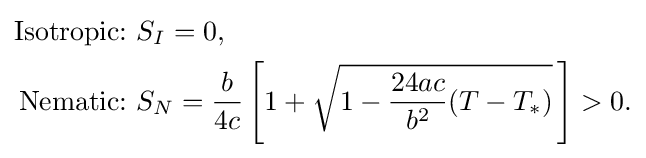
{\begin{aligned}{\text{Isotropic:}}&\,\,S_{I}=0,\\{\text{Nematic:}}&\,\,S_{N}={\frac {b}{4c}}\left[1+{\sqrt {1-{\frac {24ac}{b^{2}}}(T-T_{*})}}\,\right]>0.\end{aligned}}